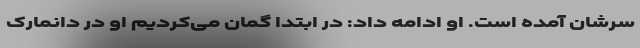
سرشان آمده است. او ادامه داد: در ابتدا گمان می‌کردیم او در دانمارک